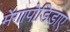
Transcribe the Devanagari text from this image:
मेगापोडिडाए